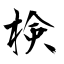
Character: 検